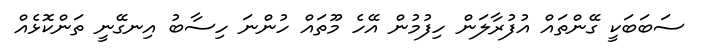
ސަބަބަކީ ގޭންތައް އުފުރާލަން ހިފުމުން އޭހެ މޫތައް ހުންނަ ހިސާބު އިނގޭނީ ތަންކޮޅެއް